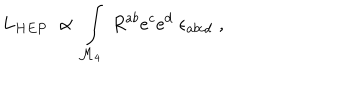
L _ { H E P } \; \propto \; \int _ { \mathcal { M } _ { 4 } } \; R ^ { a b } e ^ { c } e ^ { d } \; \epsilon _ { a b c d } \; ,